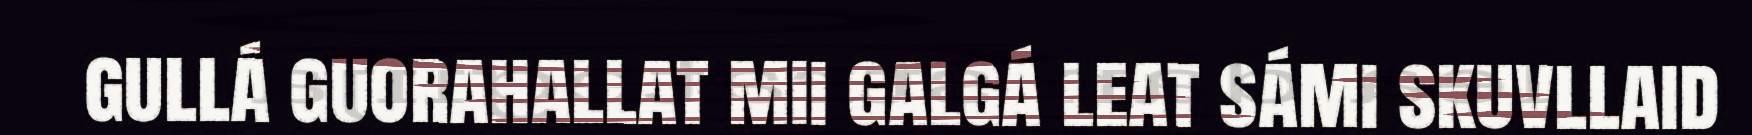
gullá guorahallat mii galgá leat sámi skuvllaid